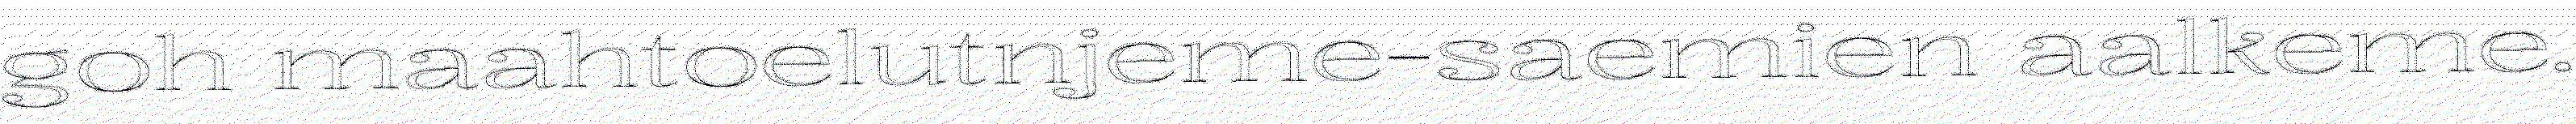
goh maahtoelutnjeme-saemien aalkeme.